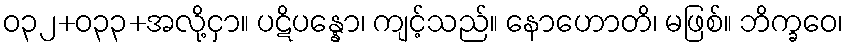
ဝ၃၂+၀၃၃+အလို့ငှာ။ ပဋိပန္နော၊ ကျင့်သည်။ နောဟောတိ၊ မဖြစ်။ ဘိက္ခဝေ၊